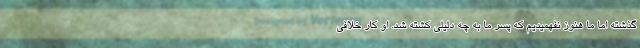
گذشته اما ما هنوز نفهمیدیم که پسر ما به چه دلیلی کشته شد. او کار خلافی